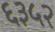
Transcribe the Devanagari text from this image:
६३५२